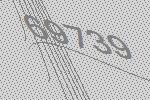
69739